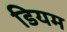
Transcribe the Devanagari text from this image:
डियम